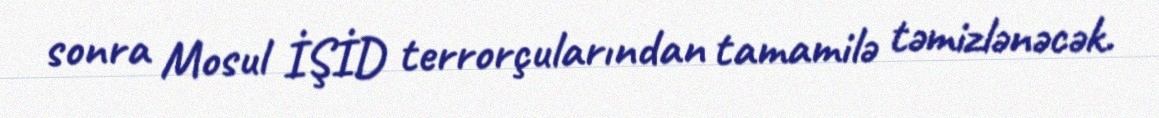
sonra Mosul İŞİD terrorçularından tamamilə təmizlənəcək.